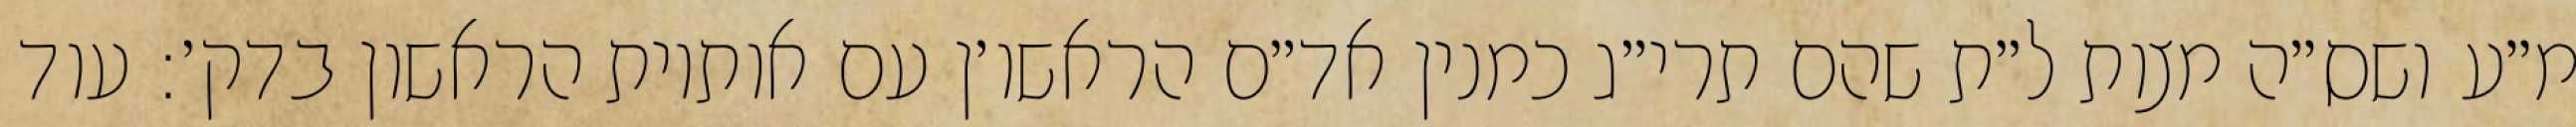
מ״ע ושס״ה מצות ל״ת שהם תרי״ג כמנין אד״ם הראשו׳ן עם אותיות הראשון בדק׳: עוד